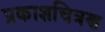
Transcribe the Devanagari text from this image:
प्रकाशचित्रण